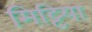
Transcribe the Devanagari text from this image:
मिट्टिया